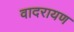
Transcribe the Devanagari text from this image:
वादरायण